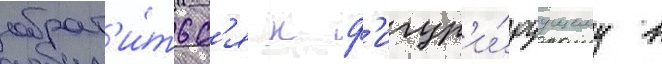
обрат'и́тьс'я к ф'игур'и́руущему в